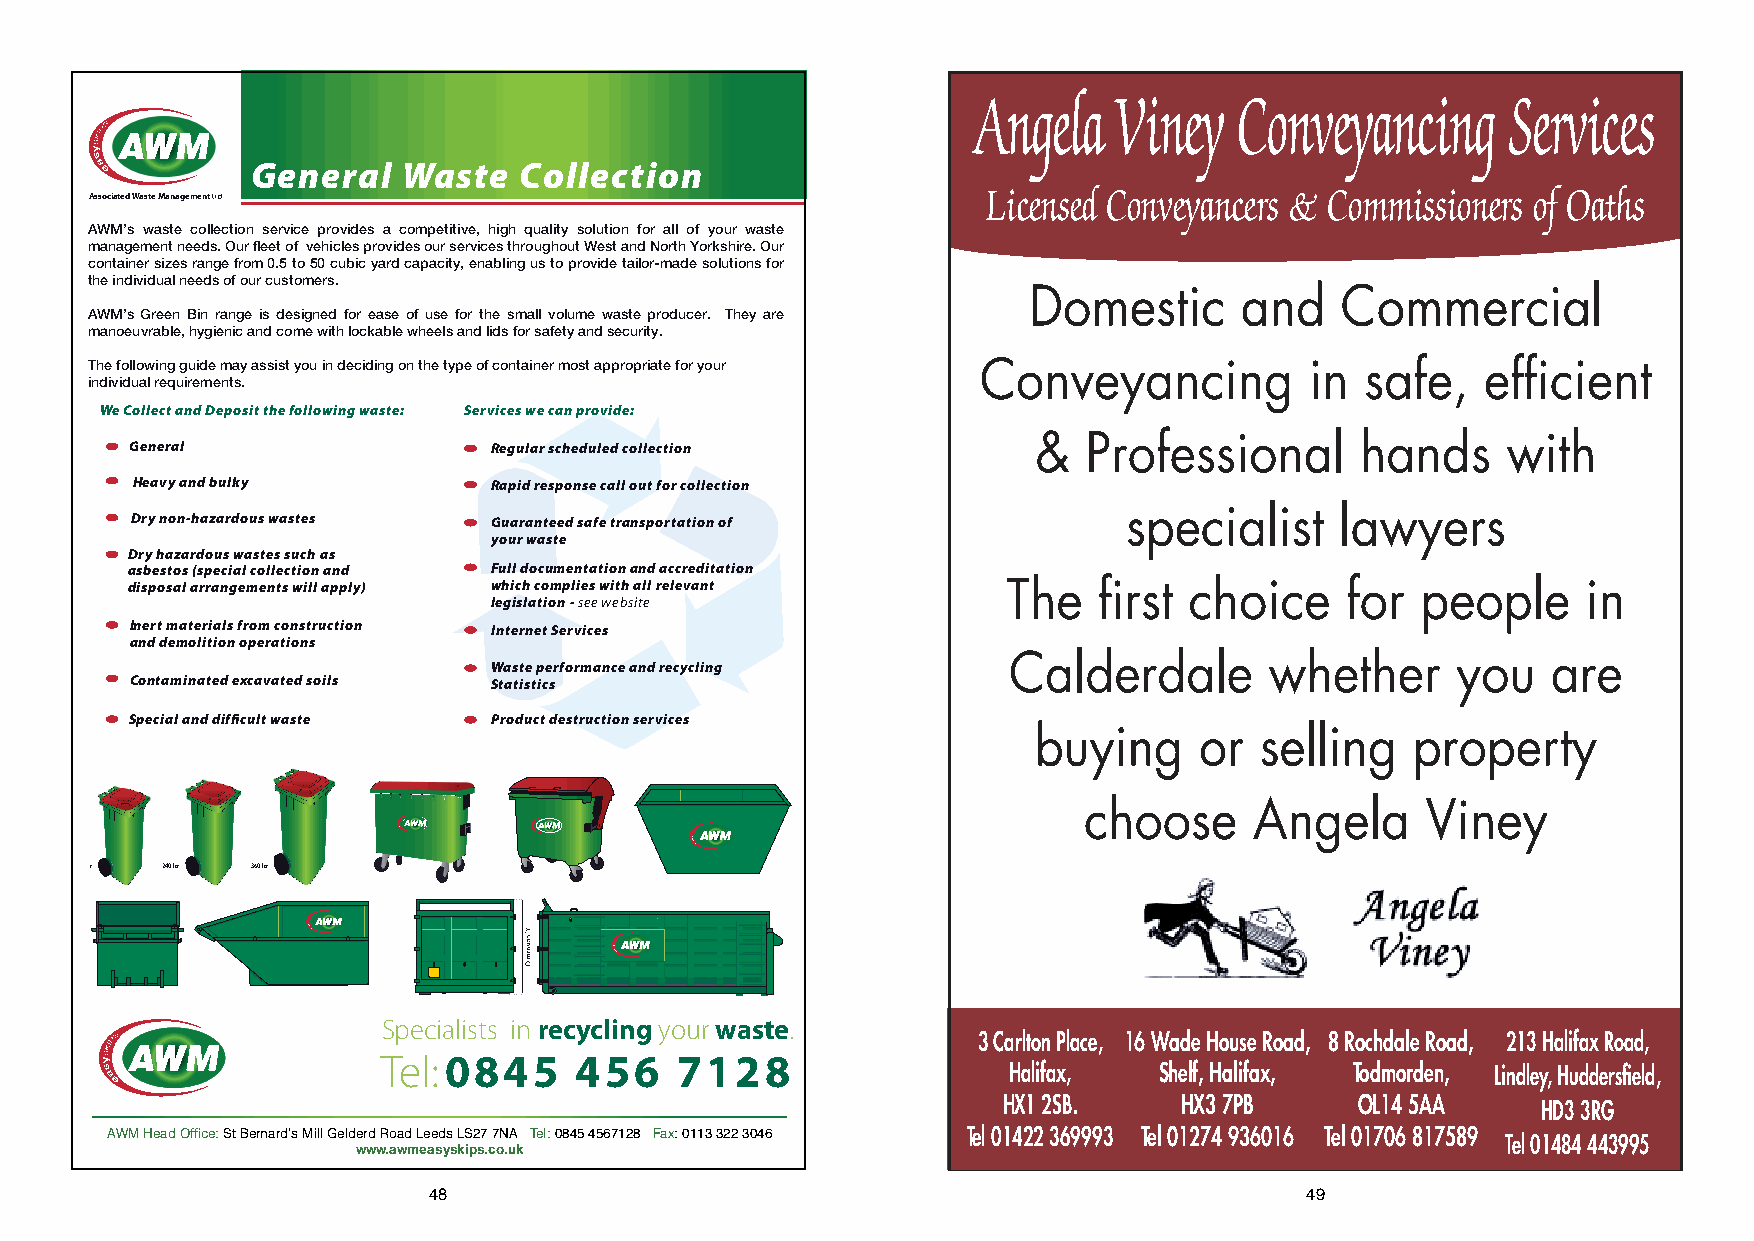
Angela   Viney   Conveyancing      Services
 General   Waste  Collection
 AssociatedWaste Management Ltd.                            Licensed Conveyancers & Commissioners of Oaths
 AWM’s waste collection service provides a competitive, high quality solution for all of your waste
 management needs. Our fleet of vehicles provides our services throughout West and North Yorkshire. Our
 container sizes range from 0.5 to 50 cubic yard capacity, enabling us to provide tailor-made solutions for
 the individual needs of our customers.
 Domestic      and    Commercial
 AWM’s Green Bin range is designed for ease of use for the small volume waste producer. They are
 manoeuvrable, hygienic and come with lockable wheels and lids for safety and security.
 The following guide may assist you in deciding on the type of container most appropriate for your Conveyancing in safe, efficient
 individual requirements.
 We Collect and Deposit the following waste: Services we can provide:
 &  Professional      hands     with
 General                 Regular scheduled collection
 Heavy and bulky         Rapid response call out for collection
 specialist    lawyers
 Dry non-hazardous wastes Guaranteed safe transportation of
 your waste
 Dry hazardous wastes such as
 asbestos (special collection and Full documentation and accreditation
 disposal arrangements will apply) which complies with all relevant The first choice for people   in
 legislation - see website
 Inert materials from construction Internet Services
 and demolition operations
 Calderdale       whether     you    are
 Waste performance and recycling
 Contaminated excavated soils Statistics
 Special and difficult waste Product destruction services
 buying    or  selling    property
 choose     Angela     Viney
 r    240 ltr 360 ltr
 Specialists in     your    .
 recycling  waste             3CarltonPlace, 16WadeHouseRoad, 8RochdaleRoad, 213HalifaxRoad,
 Tel:
 0845     456    7128                  Halifax,  Shelf,Halifax, Todmorden, Lindley,Huddersfield,
 HX12SB.     HX37PB      OL145AA     HD33RG
 AWAWM MH eHaeda dO Offifcfiec:e S / tA Bcecronuanrdts’ sV iMctoilrli aG Weoldrkesr,d B aRronaardd RLoeaedd, sB rLaSdf2o7rd 7BNDA4 7 DTYe. l :Te0l8: 40512 4745 63770122284 FFaaxx: :0 01217143 7 3352128 73046 Tel01422369993 Tel01274936016 Tel01706817589 Tel01484443995
 wwwwww..aawwmmeeaassyysskkipipss.c.coo.u.kuk
 48                                                        49